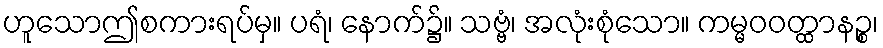
ဟူသောဤစကားရပ်မှ။ ပရံ၊ နောက်၌။ သဗ္ဗံ၊ အလုံးစုံသော။ ကမ္မဝဝတ္ထာနဉ္စ၊